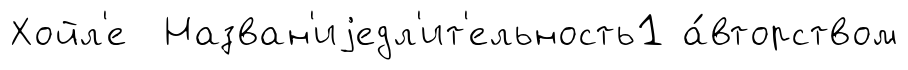
Хойл'е Назван'иjедл'ит'ельность1 а́вторством